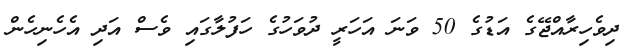
ދިވެހިރާއްޖޭގެ އަޑުގެ 50 ވަނަ އަހަރީ ދުވަހުގެ ހަފުލާގައި ވެސް އަދި އެހެނިހެން